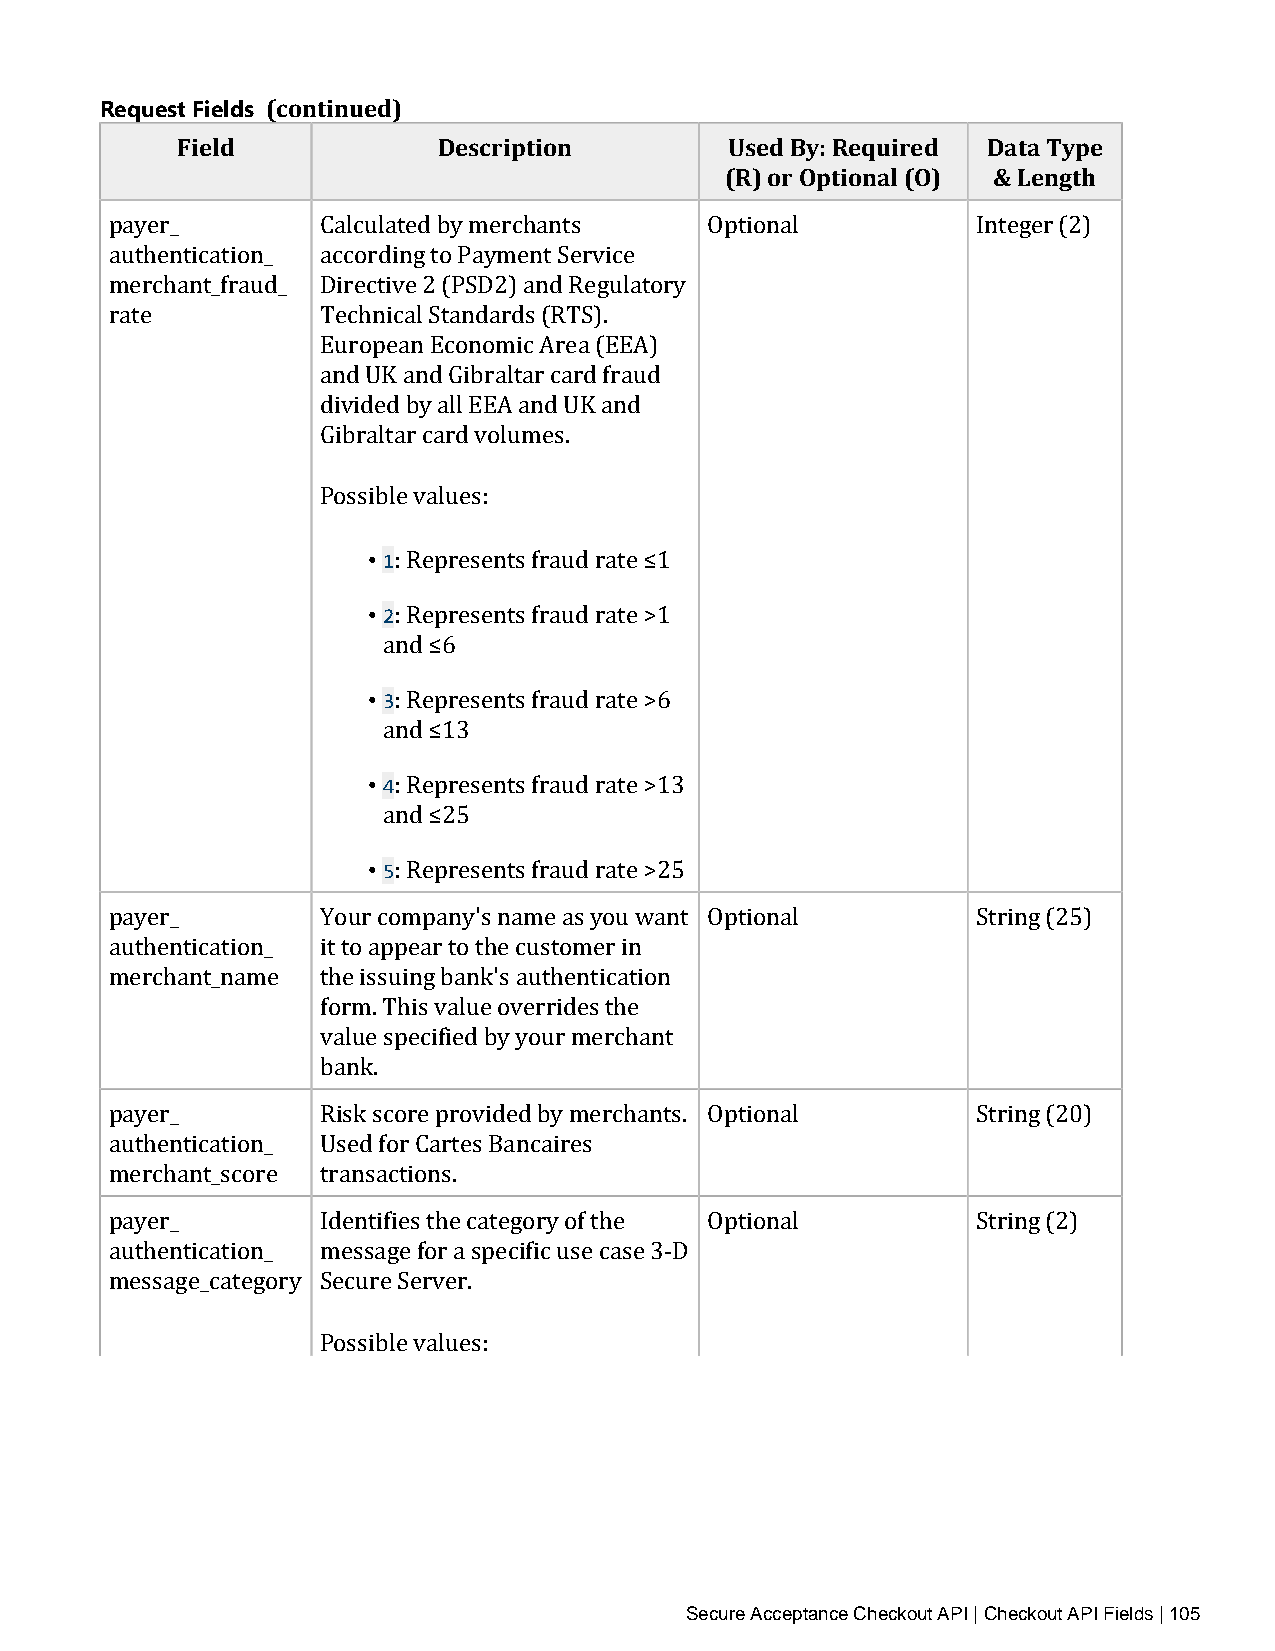
Request Fields (continued)
 Field            Description        Used By: Required Data Type
 (R) or Optional (O) & Length
 payer_        Calculated by merchants   Optional          Integer (2)
 authentication_ according to Payment Service
 merchant_fraud_ Directive 2 (PSD2) and Regulatory
 rate          Technical Standards (RTS).
 European Economic Area (EEA)
 and UK and Gibraltar card fraud
 divided by all EEA and UK and
 Gibraltar card volumes.
 Possible values:
 • 1
 • 2: Represents fraud rate ≤1
 : Represents fraud rate >1
 • a3nd ≤6
 : Represents fraud rate >6
 • a4nd ≤13
 : Represents fraud rate >13
 • a5nd ≤25
 : Represents fraud rate >25
 payer_        Your company's name as you want Optional    String (25)
 authentication_ it to appear to the customer in
 merchant_name the issuing bank's authentication
 form. This value overrides the
 value specified by your merchant
 bank.
 payer_        Risk score provided by merchants. Optional  String (20)
 authentication_ Used for Cartes Bancaires
 merchant_score transactions.
 payer_        Identifies the category of the Optional     String (2)
 authentication_ message for a specific use case 3‑D
 message_category Secure Server.
 Possible values:
 Secure Acceptance Checkout API | Checkout API Fields | 105